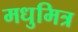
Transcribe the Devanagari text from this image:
मधुमित्र